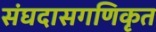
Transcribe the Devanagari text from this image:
संघदासगणिकृत